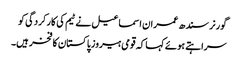
گورنر سندھ عمران اسماعیل نے ٹیم کی کارکردگی کو
سراہتے ہوئے کہا کہ قومی ہیروز پاکستان کا فخر ہیں۔